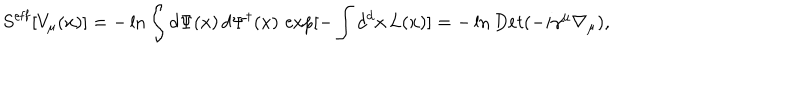
S ^ { \mathrm { e f f } } [ V _ { \mu } ( x ) ] = - \ln \int d \Psi ( x ) \, d \Psi ^ { \dagger } ( x ) \, \exp [ - \int d ^ { d } x \, L ( x ) ] = - \ln D e t ( - i \gamma ^ { \mu } \nabla _ { \mu } ) ,